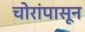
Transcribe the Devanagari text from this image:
चोरांपासून